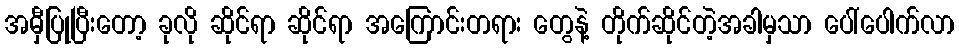
အမှီပြုပြီးတော့ ခုလို ဆိုင်ရာ ဆိုင်ရာ အကြောင်းတရား တွေနဲ့ တိုက်ဆိုင်တဲ့အခါမှသာ ပေါ်ပေါက်လာ